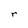
Character: r